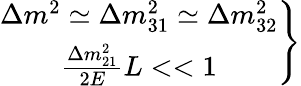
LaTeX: \left.\begin{array}{c}{{\Delta m^{2}\simeq\Delta m_{31}^{2}\simeq\Delta m_{32}^{2}}}\\ {{\frac{\Delta m_{21}^{2}}{2E}L<<1}}\end{array}\right\}